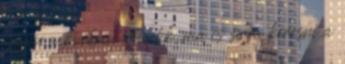
ebben a korban születik, ma is sírva keresné a